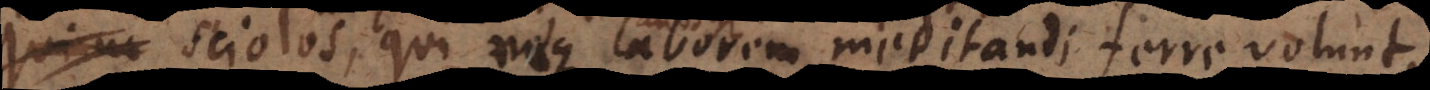
sciolos, qui neque laborem meditandi ferre volunt,